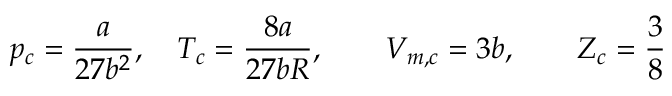
p _ { c } = { \frac { a } { 2 7 b ^ { 2 } } } , \quad T _ { c } = { \frac { 8 a } { 2 7 b R } } , \qquad V _ { m , c } = 3 b , \qquad Z _ { c } = { \frac { 3 } { 8 } }